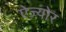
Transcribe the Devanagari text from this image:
ऐज़्योर